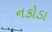
નકોડા